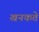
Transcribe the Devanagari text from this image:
खनकते